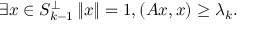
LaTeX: \exists x \in S _ { k - 1 } ^ { \perp } \, \| x \| = 1 , ( A x , x ) \geq \lambda _ { k } .